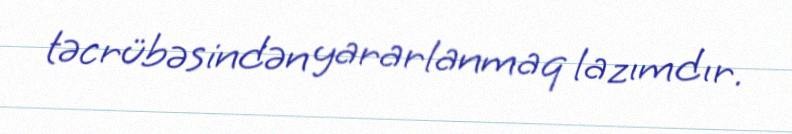
təcrübəsindən yararlanmaq lazımdır.